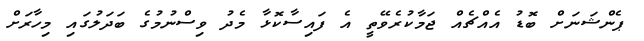
ޕެންޝަނަށް ބޮޑު އެއްޗެއް ޖަމާކުރެވޭތީ އެ ފައިސާކޮޅާ މެދު ވިސްނުމުގެ ބަދަލުގައި މިހާރަށް